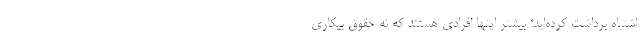
اشتباه برداشت کرده‌اید؛ بیشتر اینها افرادی هستند که نه حقوق بیکاری